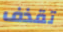
تقذف